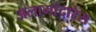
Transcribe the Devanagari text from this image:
अलामांदारेस